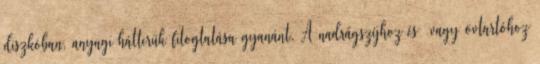
diszkóban, anyagi hátterük fitogtatása gyanánt. A nadrágszíjhoz és vagy övtartóhoz